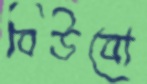
বিউবো